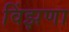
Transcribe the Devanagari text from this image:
विंझणा